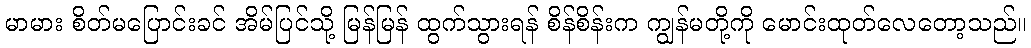
မာမား စိတ်မပြောင်းခင် အိမ်ပြင်သို့ မြန်မြန် ထွက်သွားရန် စိန်စိန်းက ကျွန်မတို့ကို မောင်းထုတ်လေတော့သည်။